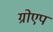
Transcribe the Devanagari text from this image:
ग्रोएप